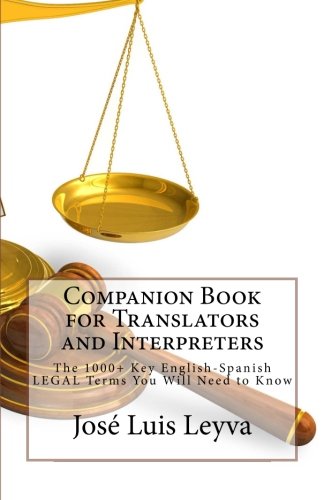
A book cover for Companion Book for Translators and Interpreters: The 1000+ Key English-Spanish Legal Terms You Will Need to Know; JosÃ© Luis Leyva; Reference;